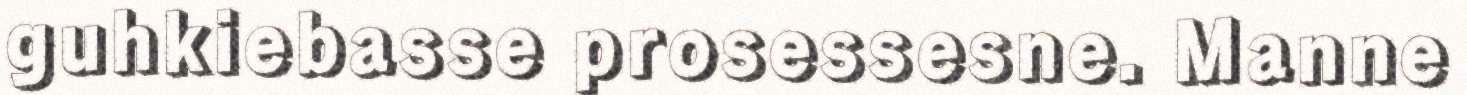
guhkiebasse prosessesne. Manne